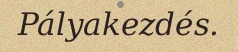
Pályakezdés.